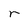
Character: r